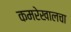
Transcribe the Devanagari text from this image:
कमरेखालचा